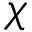
\chi